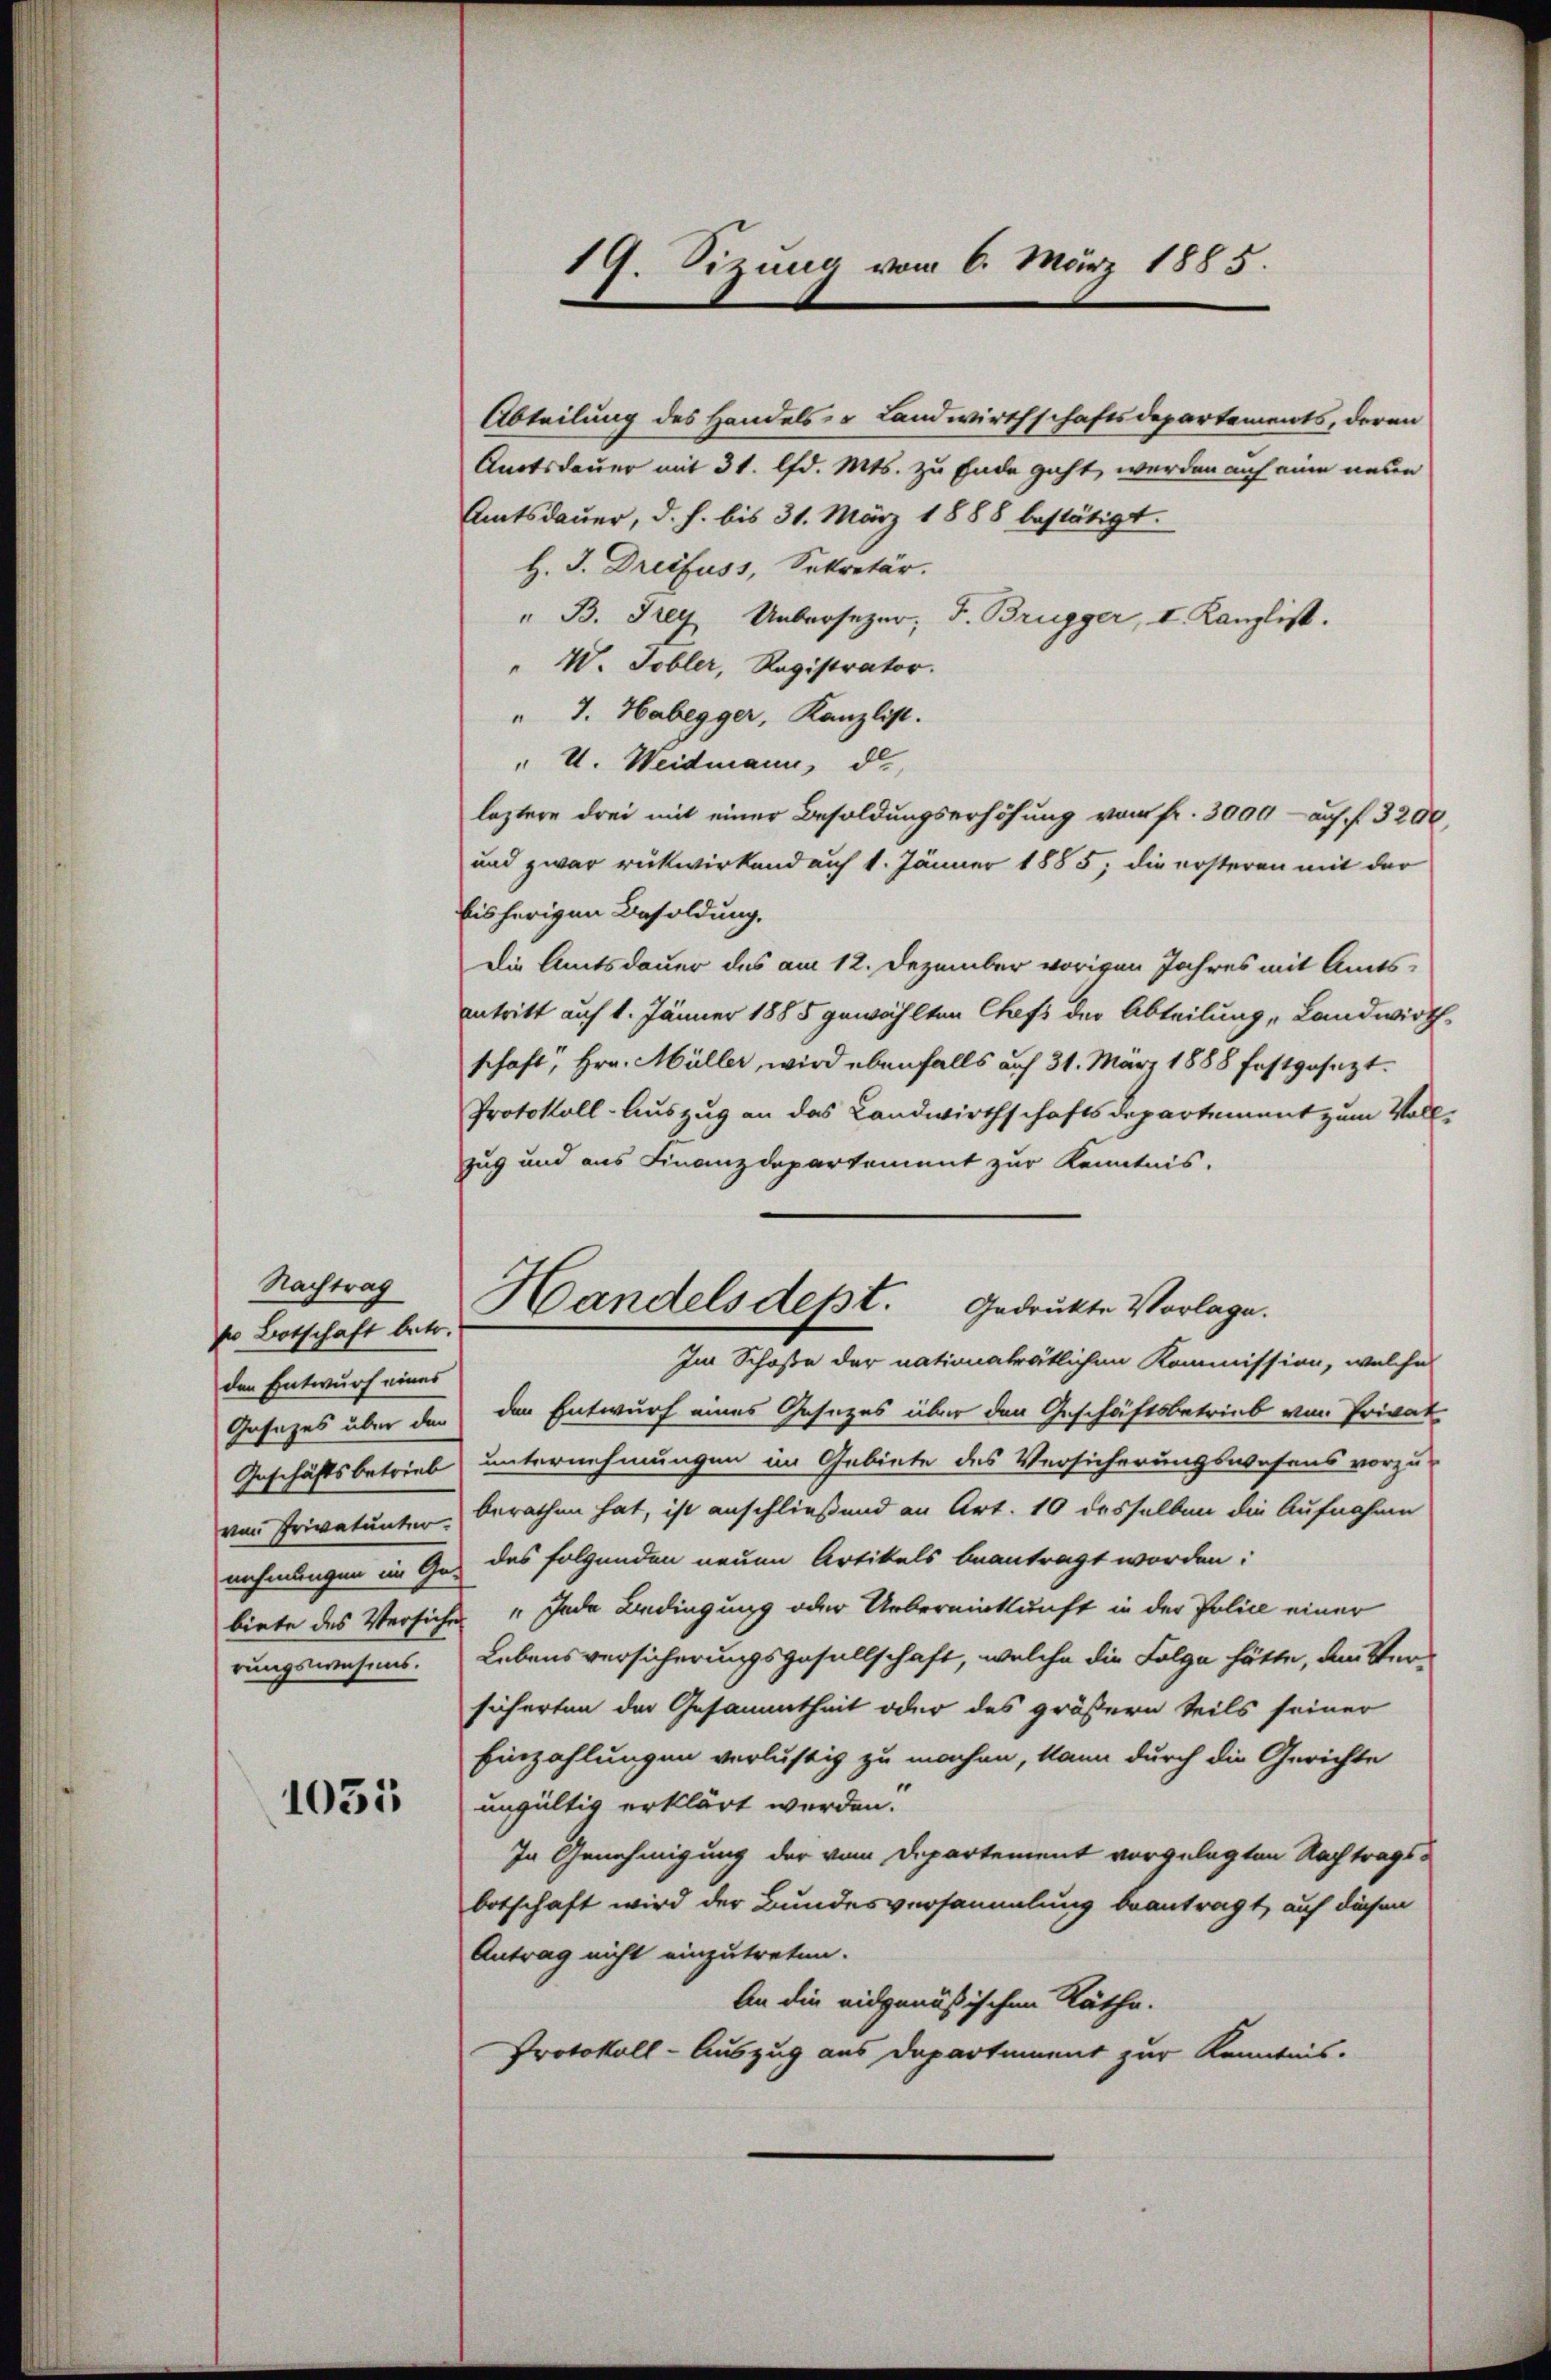
Nachtrag
sn Botschaft betr.
den Entwurf eines
Gesezes über den
Geschäftsbetrieb
von Privatunter.
nehmungen im Ge-
biete des Versiche
rungswesens.

1051

19. Sizung vom 6. März 1885

Abteilung des Handels- u Landwirthschaftsdepartements, deren
Amotsdauer mit 31. lfd. Mts. zu Ende geht werden auf eine neuen
Amtsdauer, d. h. bis 31. März 1888 bestätigt.
H. J. Dreifuss, Sekretär.
" B. Frey Uebersezer; J. Brugger, I. Kanzlist.
" W. Tobler, Registrator.
" J. Habegger, Kanzlist.
" U. Weidmann, d.
leztere drei mit einer Besoldungserhöhung vom fr. 3000 - auf f 3200,
und zwar rükwirkend auf 1. Jänner 1885, die ersteren mit der
bisherigen Besoldung.
Die Amtsdauer des am 12. Dezember vorigen Jahres mit Amtsantritt auf 1. Jänner 1885 gewählten Chefs der Abteilung Landwirth
schaft, Hrn. Müller, wird ebenfalls auf 31. März 1888 festgesezt.
Protokoll-Auszug an das Landwirthschaftsdepartement zum Vollzug und aus Finanzdepartement zur Kenntnis.
Handelsdept. gedruckte Vorlage.
Im Schoße der nationalrätlichen Kommission, welche
den Entwurf eines Gesezes über den Geschäftsbetrieb von Privat
unternehmungen im Gebiete des Versicherungswesens vorzu-
berathen hat, ist anschließend an Art. 10 desselben die Aufnahme
des folgenden neuen Artikels beantragt worden:
" Jede Bedingung oder Uebereinkunft in der Police einer
Lebensversicherungsgesellschaft, welche die Folge hätte, den Versicherten der Gesammtheit oder des größern teils seiner
Einzahlungen verlustig zu machen, kann durch die Gerichte
ungültig erklärt werden.
In Genehmigung der vom Departement vorgelegten Nachtragsbotschaft wird der Bundesversammlung beantragt, auf diesen
Antrag nicht einzutreten.
An die eidgenössischen Räthe.
Protokoll-Auszug aus Departement zur Kenntnis.